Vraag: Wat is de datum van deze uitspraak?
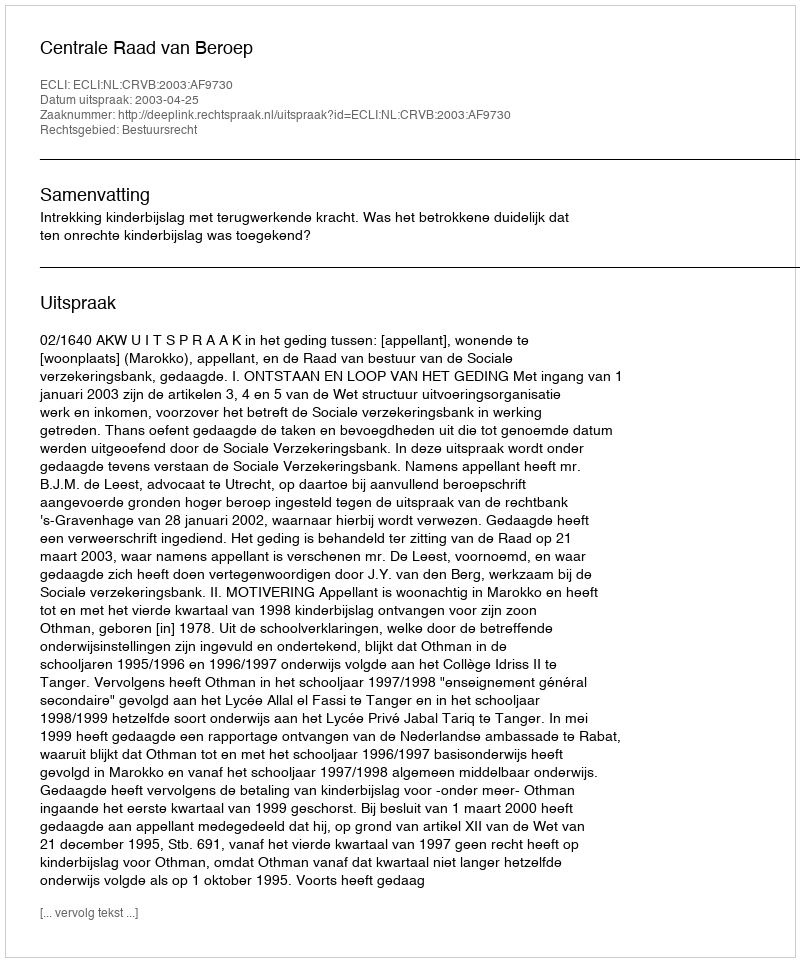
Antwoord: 2003-04-25